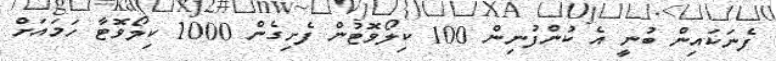
ފެނަކައިން ބުނީ އެ ކުންފުނިން 100 ކިލޯވޮޓުން ފެށިގެން 1000 ކިލޯވޮޓާ ހަމައަށް